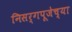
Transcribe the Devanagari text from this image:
निसर्गपूजेच्या